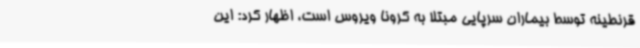
قرنطینه توسط بیماران سرپایی مبتلا به کرونا ویروس است، اظهار کرد: این